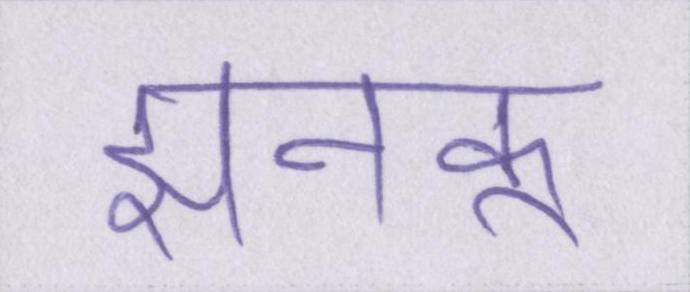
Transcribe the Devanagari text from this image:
झनकू